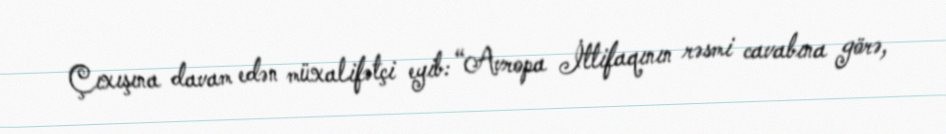
Çıxışına davam edən müxalifətçi eyib: “Avropa İttifaqının rəsmi cavabına görə,